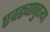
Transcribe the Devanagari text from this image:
एवढ्यापुरत्या